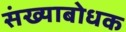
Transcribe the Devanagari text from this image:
संख्याबोधक